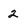
Character: 2